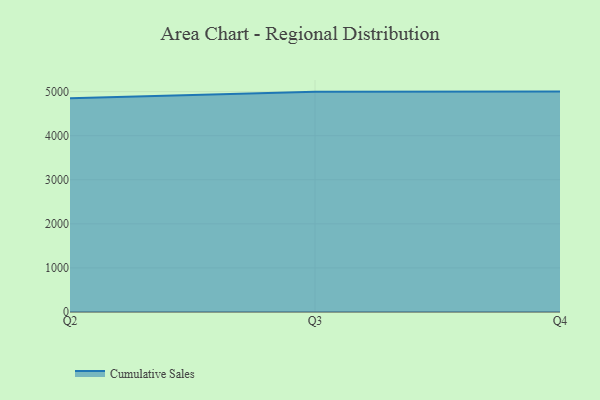
{"axis": {"x": "Quarter", "y": "Churn Rate (%)"}, "legend": ["Cumulative Sales"], "data": [{"x": "Q2", "y": 4848.9, "type": "Cumulative Sales"}, {"x": "Q3", "y": 4997.5, "type": "Cumulative Sales"}, {"x": "Q4", "y": 5000, "type": "Cumulative Sales"}]}